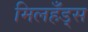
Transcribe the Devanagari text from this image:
मिलहँड्‌स